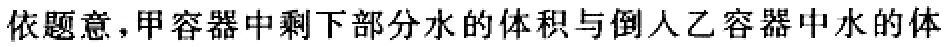
依题意，甲容器中剩下部分水的体积与倒入乙容器中水的体